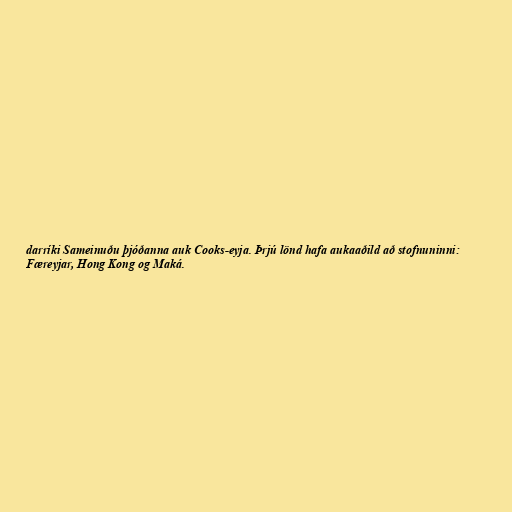
darríki Sameinuðu þjóðanna auk Cooks-eyja. Þrjú lönd hafa aukaaðild að stofnuninni:
Færeyjar, Hong Kong og Maká.